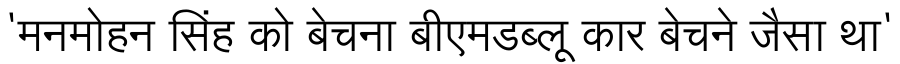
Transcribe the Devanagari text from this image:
'मनमोहन सिंह को बेचना बीएमडब्लू कार बेचने जैसा था'